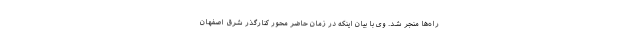
راه‌ها منجر شد. وی با بیان اینکه در زمان حاضر محور کنارگذر شرق اصفهان